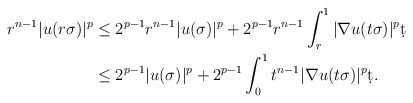
\begin{align*}r^{n-1} |u(r \sigma)|^p &\leq 2^{p-1} r^{n-1}|u(\sigma)|^p + 2^{p-1} r^{n-1} \int_{r}^{1} |\nabla u(t \sigma)|^p \d t\\& \leq 2^{p-1} |u(\sigma)|^p + 2^{p-1} \int_{0}^{1} t^{n-1} |\nabla u(t \sigma)|^p \d t.\end{align*}